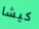
كيشا